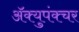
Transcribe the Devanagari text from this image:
ॲक्युपंक्चर